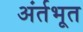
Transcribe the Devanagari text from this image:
अंर्तभूत